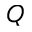
Q